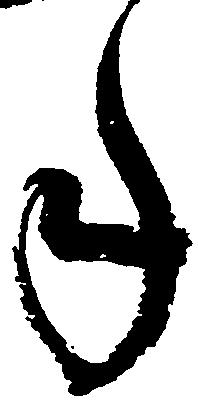
年